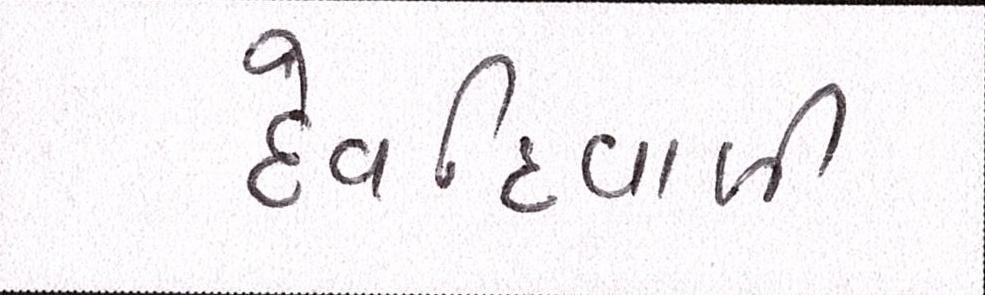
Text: દેવદિવાળી